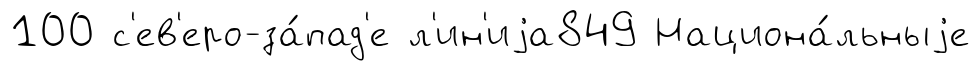
100 с'ев'еро-за́пад'е л'ин'иjа849 Национа́льныjе